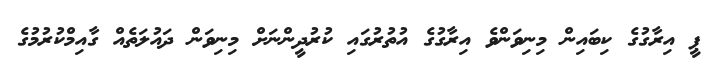
ޕީ އިރާގުގެ ކިބައިން މިނިވަންވެ އިރާގުގެ އުތުރުގައި ކުރުދީންނަށް މިނިވަން ދައުލަތެއް ގާއިމްކުރުމުގެ